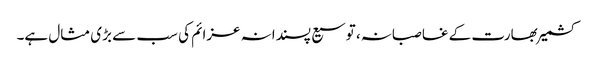
کشمیر بھارت کے غاصبانہ، توسیع پسندانہ عزائم کی سب سے بڑی مثال ہے۔